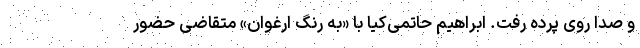
و صدا روی پرده رفت. ابراهیم حاتمی‌کیا با «به رنگ ارغوان» متقاضی حضور